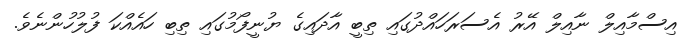
އިސްމާއިލް ނާއިލް އޭރު އެސަރަހައްދުގައި ތިބީ އާދައިގެ ޔުނީފޯމުގައި ތިބި ހައެއްކަ ފުލުހުންނެވެ.